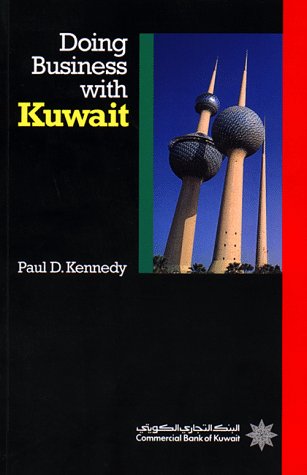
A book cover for Doing Business with Kuwait; Staff Kogan Page Limited; History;